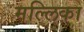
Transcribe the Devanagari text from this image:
मल्‍लिका